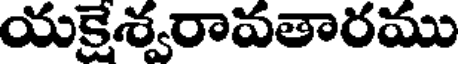
యకైశ్వరావతారము